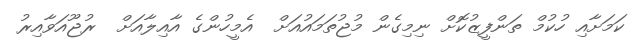
ކަމަށާއި ހުކުމް ތަންފީޒުކޮށް ނިމިގެން މުޖުތަމައުއަށް  އެމީހުންގެ އާއިލާއަށް  ރުޖޫއަވާއިރު